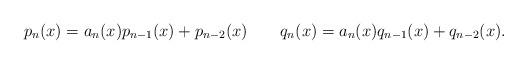
LaTeX: \begin{align*}p_n(x) = a_n(x) p_{n-1}(x) + p_{n-2}(x)\ \ \ \ \ \ q_n(x) = a_n(x) q_{n-1}(x) + q_{n-2}(x).\end{align*}